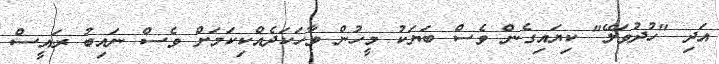
އަދި "ހުދުވަލޭ" ކިޔައިގެން ވެސް ބަޔަކު މީހުން ވާހަކަދެއްކިކަމަށް ވެސް ނައިބު ރައީސް